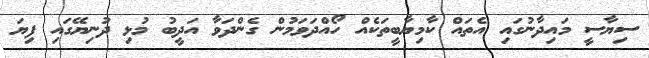
ސިޔާސީ މައިދާނުގައި އެތައް ކާމިޔާބީތަކެއް ހޯއްދަވަމުން ގެންދަވާ އަދީބު މުޅި ދުނިޔޭގައި ފިޔަ